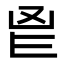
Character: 𮫖